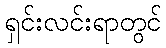
ရှင်းလင်းရာတွင်